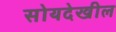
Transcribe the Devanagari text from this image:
सोयदेखील